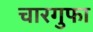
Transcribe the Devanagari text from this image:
चारगुफा